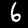
Digit: 6